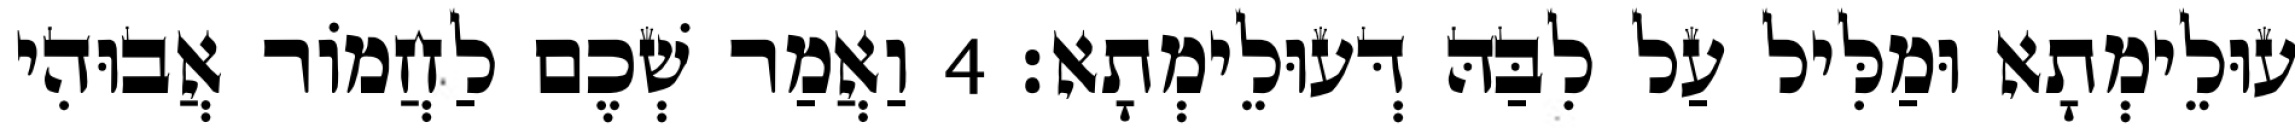
עוּלֵימְתָא וּמַלִּיל עַל לִבַּהּ דְּעוּלֵימְתָא׃ 4 וַאֲמַר שְׁכֶם לַחֲמוֹר אֲבוּהִי